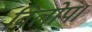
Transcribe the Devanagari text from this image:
विलोप।